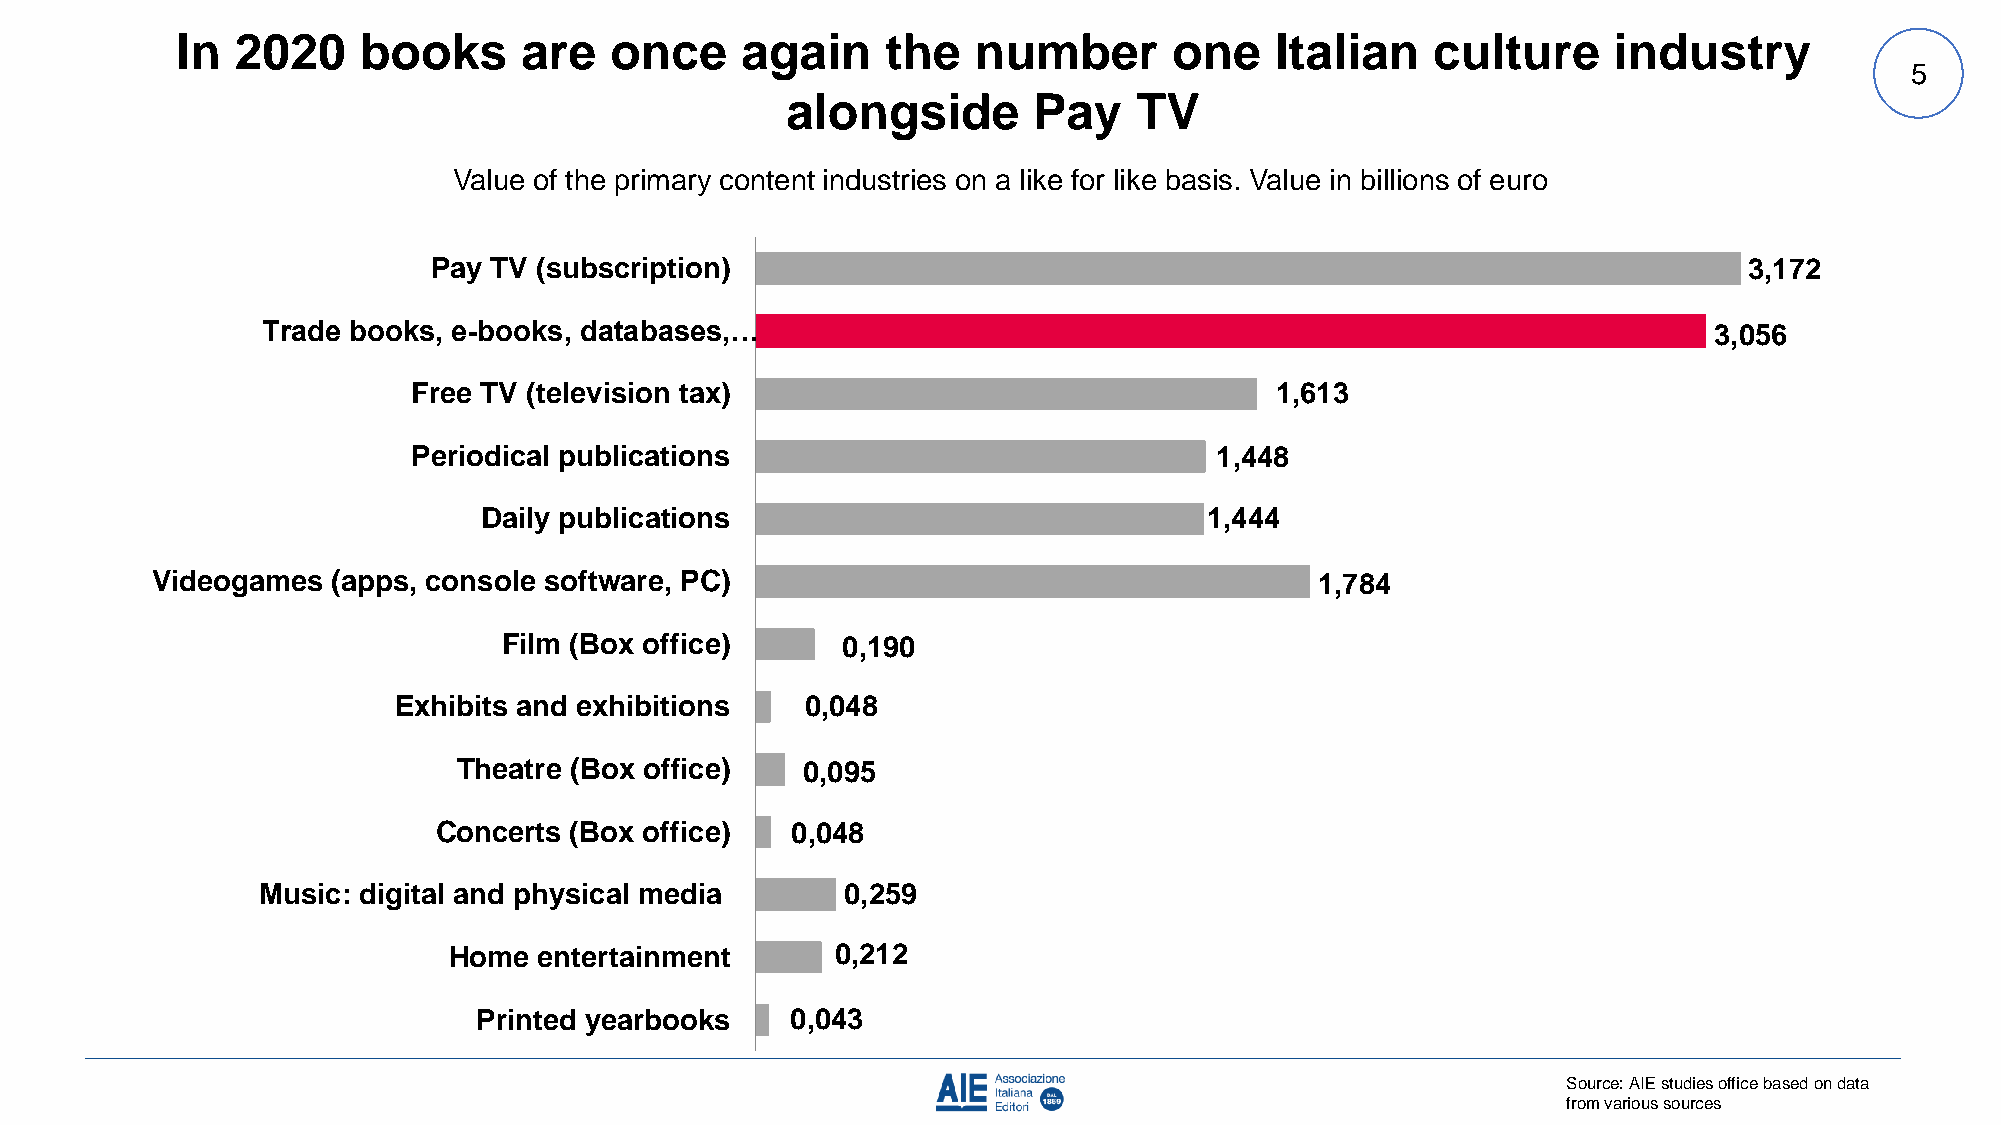
In  2020    books     are   once     again     the  number        one   Italian    culture     industry
 5
 alongside       Pay    TV
 Value of the primary content industries on a like for like basis. Value in billions of euro
 Pay TV (subscription)                                                                  3,172
 Trade books, e-books, databases,…                                                               3,056
 Free TV (television tax)                                 1,613
 Periodical publications                              1,448
 Daily publications                              1,444
 Videogames  (apps, console software, PC)                                     1,784
 Film (Box office)      0,190
 Exhibits and exhibitions   0,048
 Theatre (Box office)   0,095
 Concerts (Box office)  0,048
 Music: digital and physical media      0,259
 Home  entertainment      0,212
 Printed yearbooks   0,043
 Source: AIE studies office based on data
 from various sources